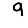
Digit: 9